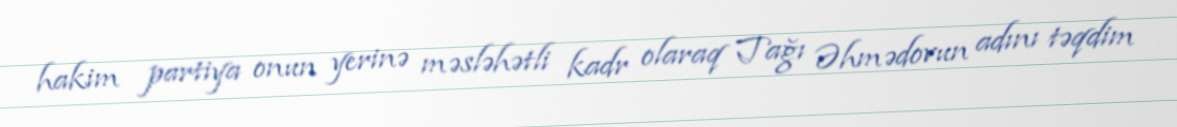
hakim partiya onun yerinə məsləhətli kadr olaraq Tağı Əhmədovun adını təqdim